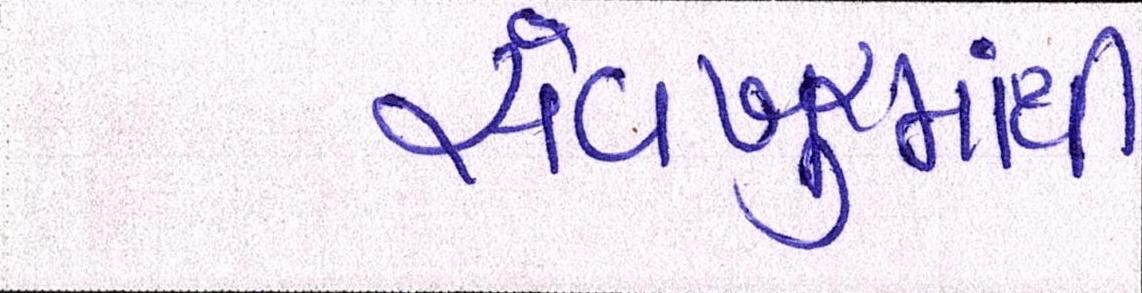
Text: સેવખુરમાંથી